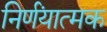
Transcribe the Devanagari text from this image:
निर्णंयात्मक